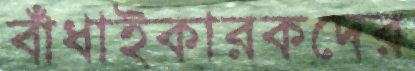
বাঁধাইকারকদের